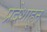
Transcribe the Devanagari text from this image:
प्रदेशाहून